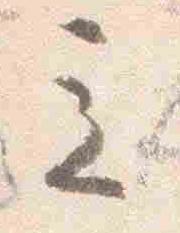
立